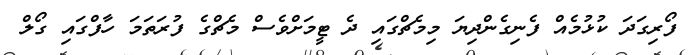
ފޯރިގަދަ ކުޅުމެއް ފެނިގެންދިޔަ މިމެޗްގައި ދެ ޓީމަށްވެސް މެޗްގެ ފުރަތަމަ ހާފްގައި ގޯލް